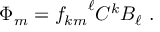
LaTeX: \Phi _ { m } = { f _ { k m } } ^ { \ell } C ^ { k } B _ { \ell } ~ .